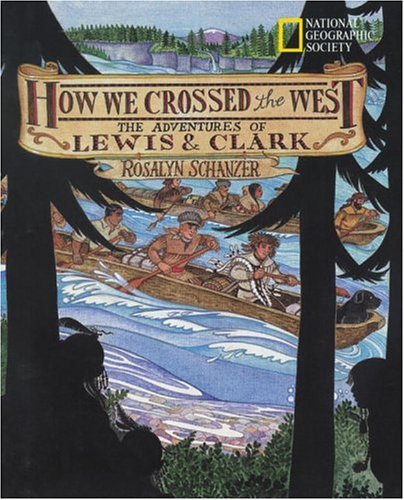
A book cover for How We Crossed The West: The Adventures Of Lewis And Clark; Rosalyn Schanzer; Children's Books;